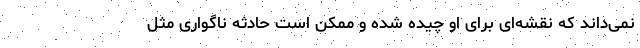
نمی‌داند که نقشه‌ای برای او چیده شده و ممکن است حادثه ناگواری مثل